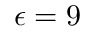
\epsilon = 9